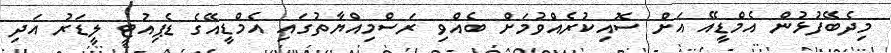
މިދެބޭފުޅުން އެމްޑީއޭ އަށް ސޮއިކުރެއްވުމަށް ބެއްވި ރަސްމިއްޔާތުގައި އެމްޑީއޭގެ ޑެޕިއުޓީ ލީޑަރު އަދި